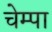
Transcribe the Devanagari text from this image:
चेम्पा